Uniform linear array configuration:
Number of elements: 24
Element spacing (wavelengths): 0.5
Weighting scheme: uniform
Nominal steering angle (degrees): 0
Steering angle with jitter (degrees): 1.417
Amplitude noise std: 0.05
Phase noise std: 0.05

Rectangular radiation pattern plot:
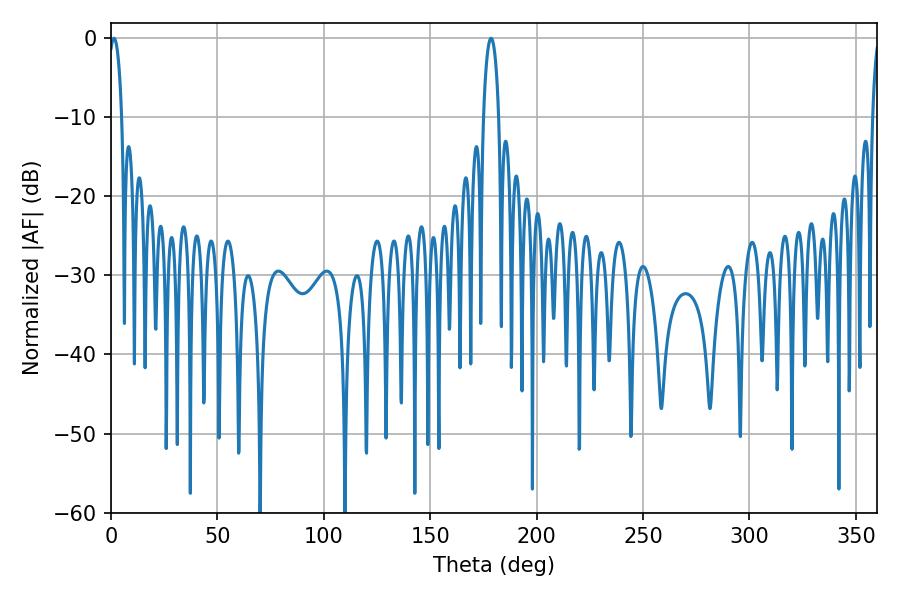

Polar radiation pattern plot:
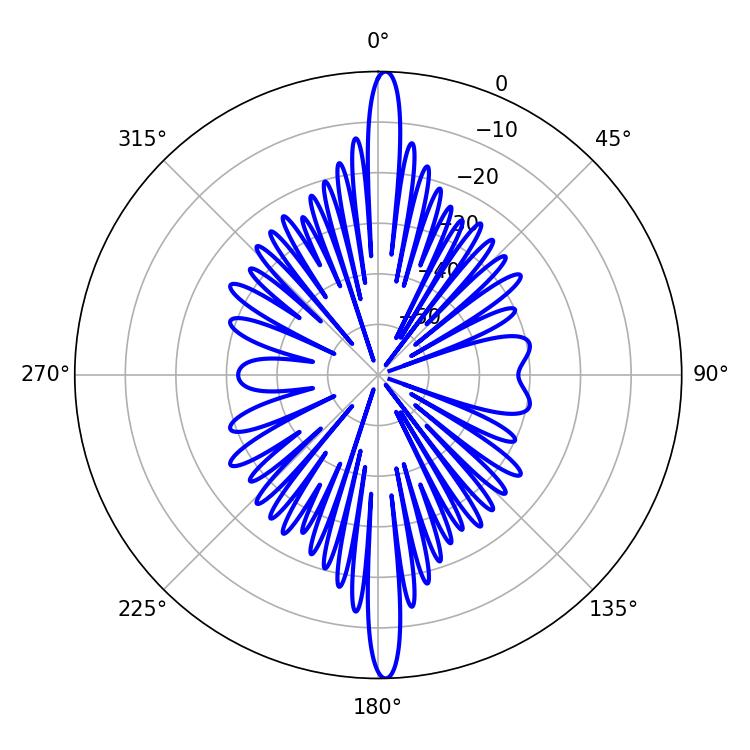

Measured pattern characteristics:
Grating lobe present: FALSE
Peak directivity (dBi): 27.124
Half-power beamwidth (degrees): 3.96
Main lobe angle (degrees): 178.56